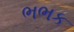
ભભક